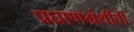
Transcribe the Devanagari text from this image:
प्रघ्राणग्रंथींची